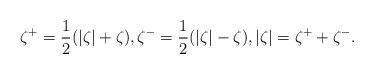
LaTeX: \begin{align*} \zeta^+ = \frac12 (|\zeta| + \zeta), \zeta^- = \frac12 ( |\zeta| - \zeta), |\zeta| = \zeta^+ + \zeta^-.\end{align*}